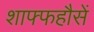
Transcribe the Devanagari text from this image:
शाफ्फहौसें